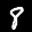
Label: 8